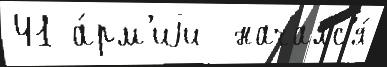
41 а́рм'иjи  началс'я́